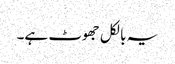
یہ بالکل جھوٹ ہے۔